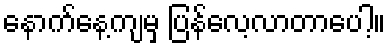
နောက်နေ့ကျမှ ပြန်လေ့လာတာပေါ့။